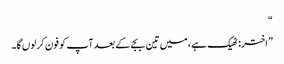
“
”اختر: ٹھیک ہے، میں تین بجے کے بعد آپ کو فون کر لوں گا۔